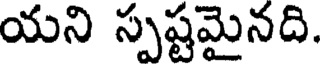
యని స్పష్టమైనది.